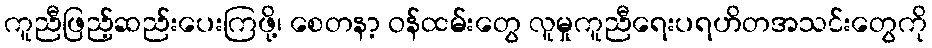
ကူညီဖြည့်ဆည်းပေးကြဖို့၊ စေတနာ့ ဝန်ထမ်းတွေ လူမှုကူညီရေးပရဟိတအသင်းတွေကို